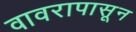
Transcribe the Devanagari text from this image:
वावरापासून